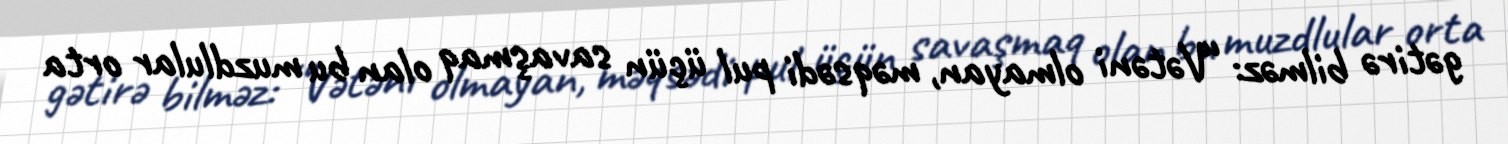
gətirə bilməz: “Vətəni olmayan, məqsədi pul üçün savaşmaq olan bu muzdlular orta